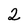
Character: 2